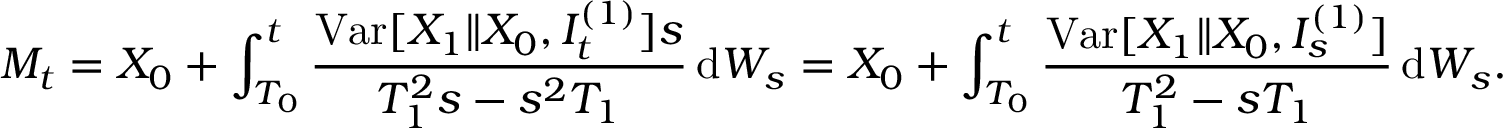
M _ { t } = X _ { 0 } + \int _ { T _ { 0 } } ^ { t } \frac { \mathrm { V a r } [ X _ { 1 } \| X _ { 0 } , I _ { t } ^ { ( 1 ) } ] s } { T _ { 1 } ^ { 2 } s - s ^ { 2 } T _ { 1 } } \, \mathrm { d } W _ { s } = X _ { 0 } + \int _ { T _ { 0 } } ^ { t } \frac { \mathrm { V a r } [ X _ { 1 } \| X _ { 0 } , I _ { s } ^ { ( 1 ) } ] } { T _ { 1 } ^ { 2 } - s T _ { 1 } } \, \mathrm { d } W _ { s } .